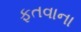
ફતવાના